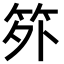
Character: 𬔷